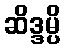
ဆိဒ္ဒမ္ပိ